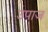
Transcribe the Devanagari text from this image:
उपाज